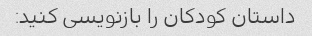
داستان کودکان را بازنویسی کنید: